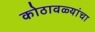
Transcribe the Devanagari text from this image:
कोठावळ्यांचा